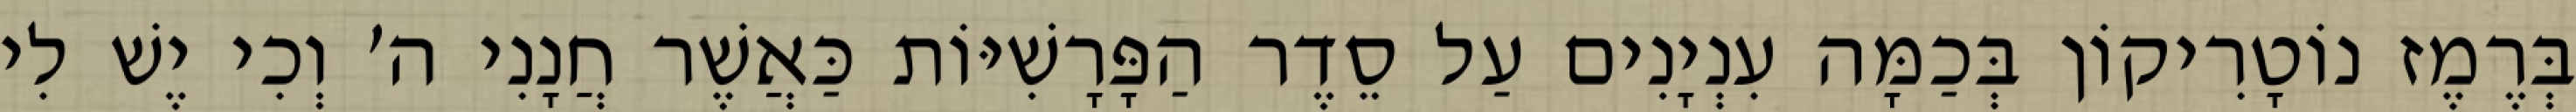
בְּרֶמֶז נוֹטָרִיקוֹן בְּכַמָּה עִנְיָנִים עַל סֵדֶר הַפָּרָשִׁיּוֹת כַּאֲשֶׁר חֲנָנִי ה׳ וְכִי יֶשׁ לִי